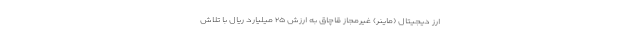
ارز دیجیتال (ماینر) غیرمجاز قاچاق به ارزش ۲۵ میلیارد ریال با تلاش